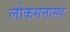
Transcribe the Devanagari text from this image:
लोकसत्तासह